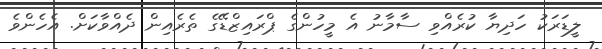
ލީޑަރަކު ހަދިޔާ ކުރެއްވި ސާމާނު އެ މީހުންގެ ޕްރައިޒްޑޭގެ ތެރެއިން ދެއްވާކަށް. އެހެންވެ